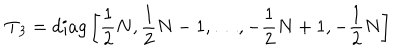
LaTeX: { \bf T } _ { 3 } = d i a g \left[ { \frac { 1 } { 2 } } N , { \frac { 1 } { 2 } } N - 1 , \dots , - { \frac { 1 } { 2 } } N + 1 , - { \frac { 1 } { 2 } } N \right]